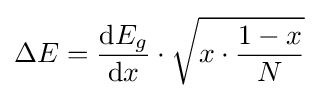
\Delta E={\frac {\mathrm {d} E_{g}}{\mathrm {d} x}}\cdot {\sqrt {x\cdot {\frac {1-x}{N}}}}